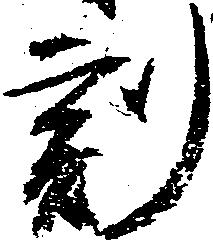
刻